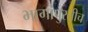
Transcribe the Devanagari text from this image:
भागांपुरतीच